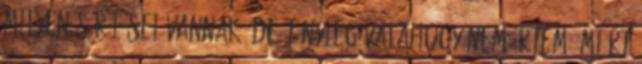
milyen sérülései vannak? De tényleg valahogy nem értem, miért